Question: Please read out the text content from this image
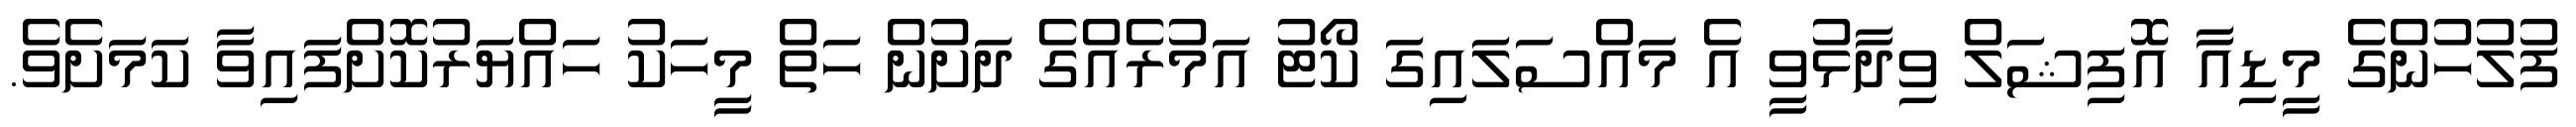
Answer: ފުލުހުންގެ މީޑިއާ އޮފިޝަލް ވިދާޅުވީ އެ މައްސަލައިގަ ކޯޓު އަމުރެއްގެ ދަށުން ހަތް މީހަކު ހައްޔަރުކޮށްފައިވާ ކަމަށެވެ.